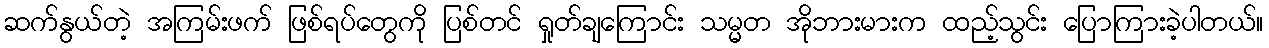
ဆက်နွယ်တဲ့ အကြမ်းဖက် ဖြစ်ရပ်တွေကို ပြစ်တင် ရှုတ်ချကြောင်း သမ္မတ အိုဘားမားက ထည့်သွင်း ပြောကြားခဲ့ပါတယ်။